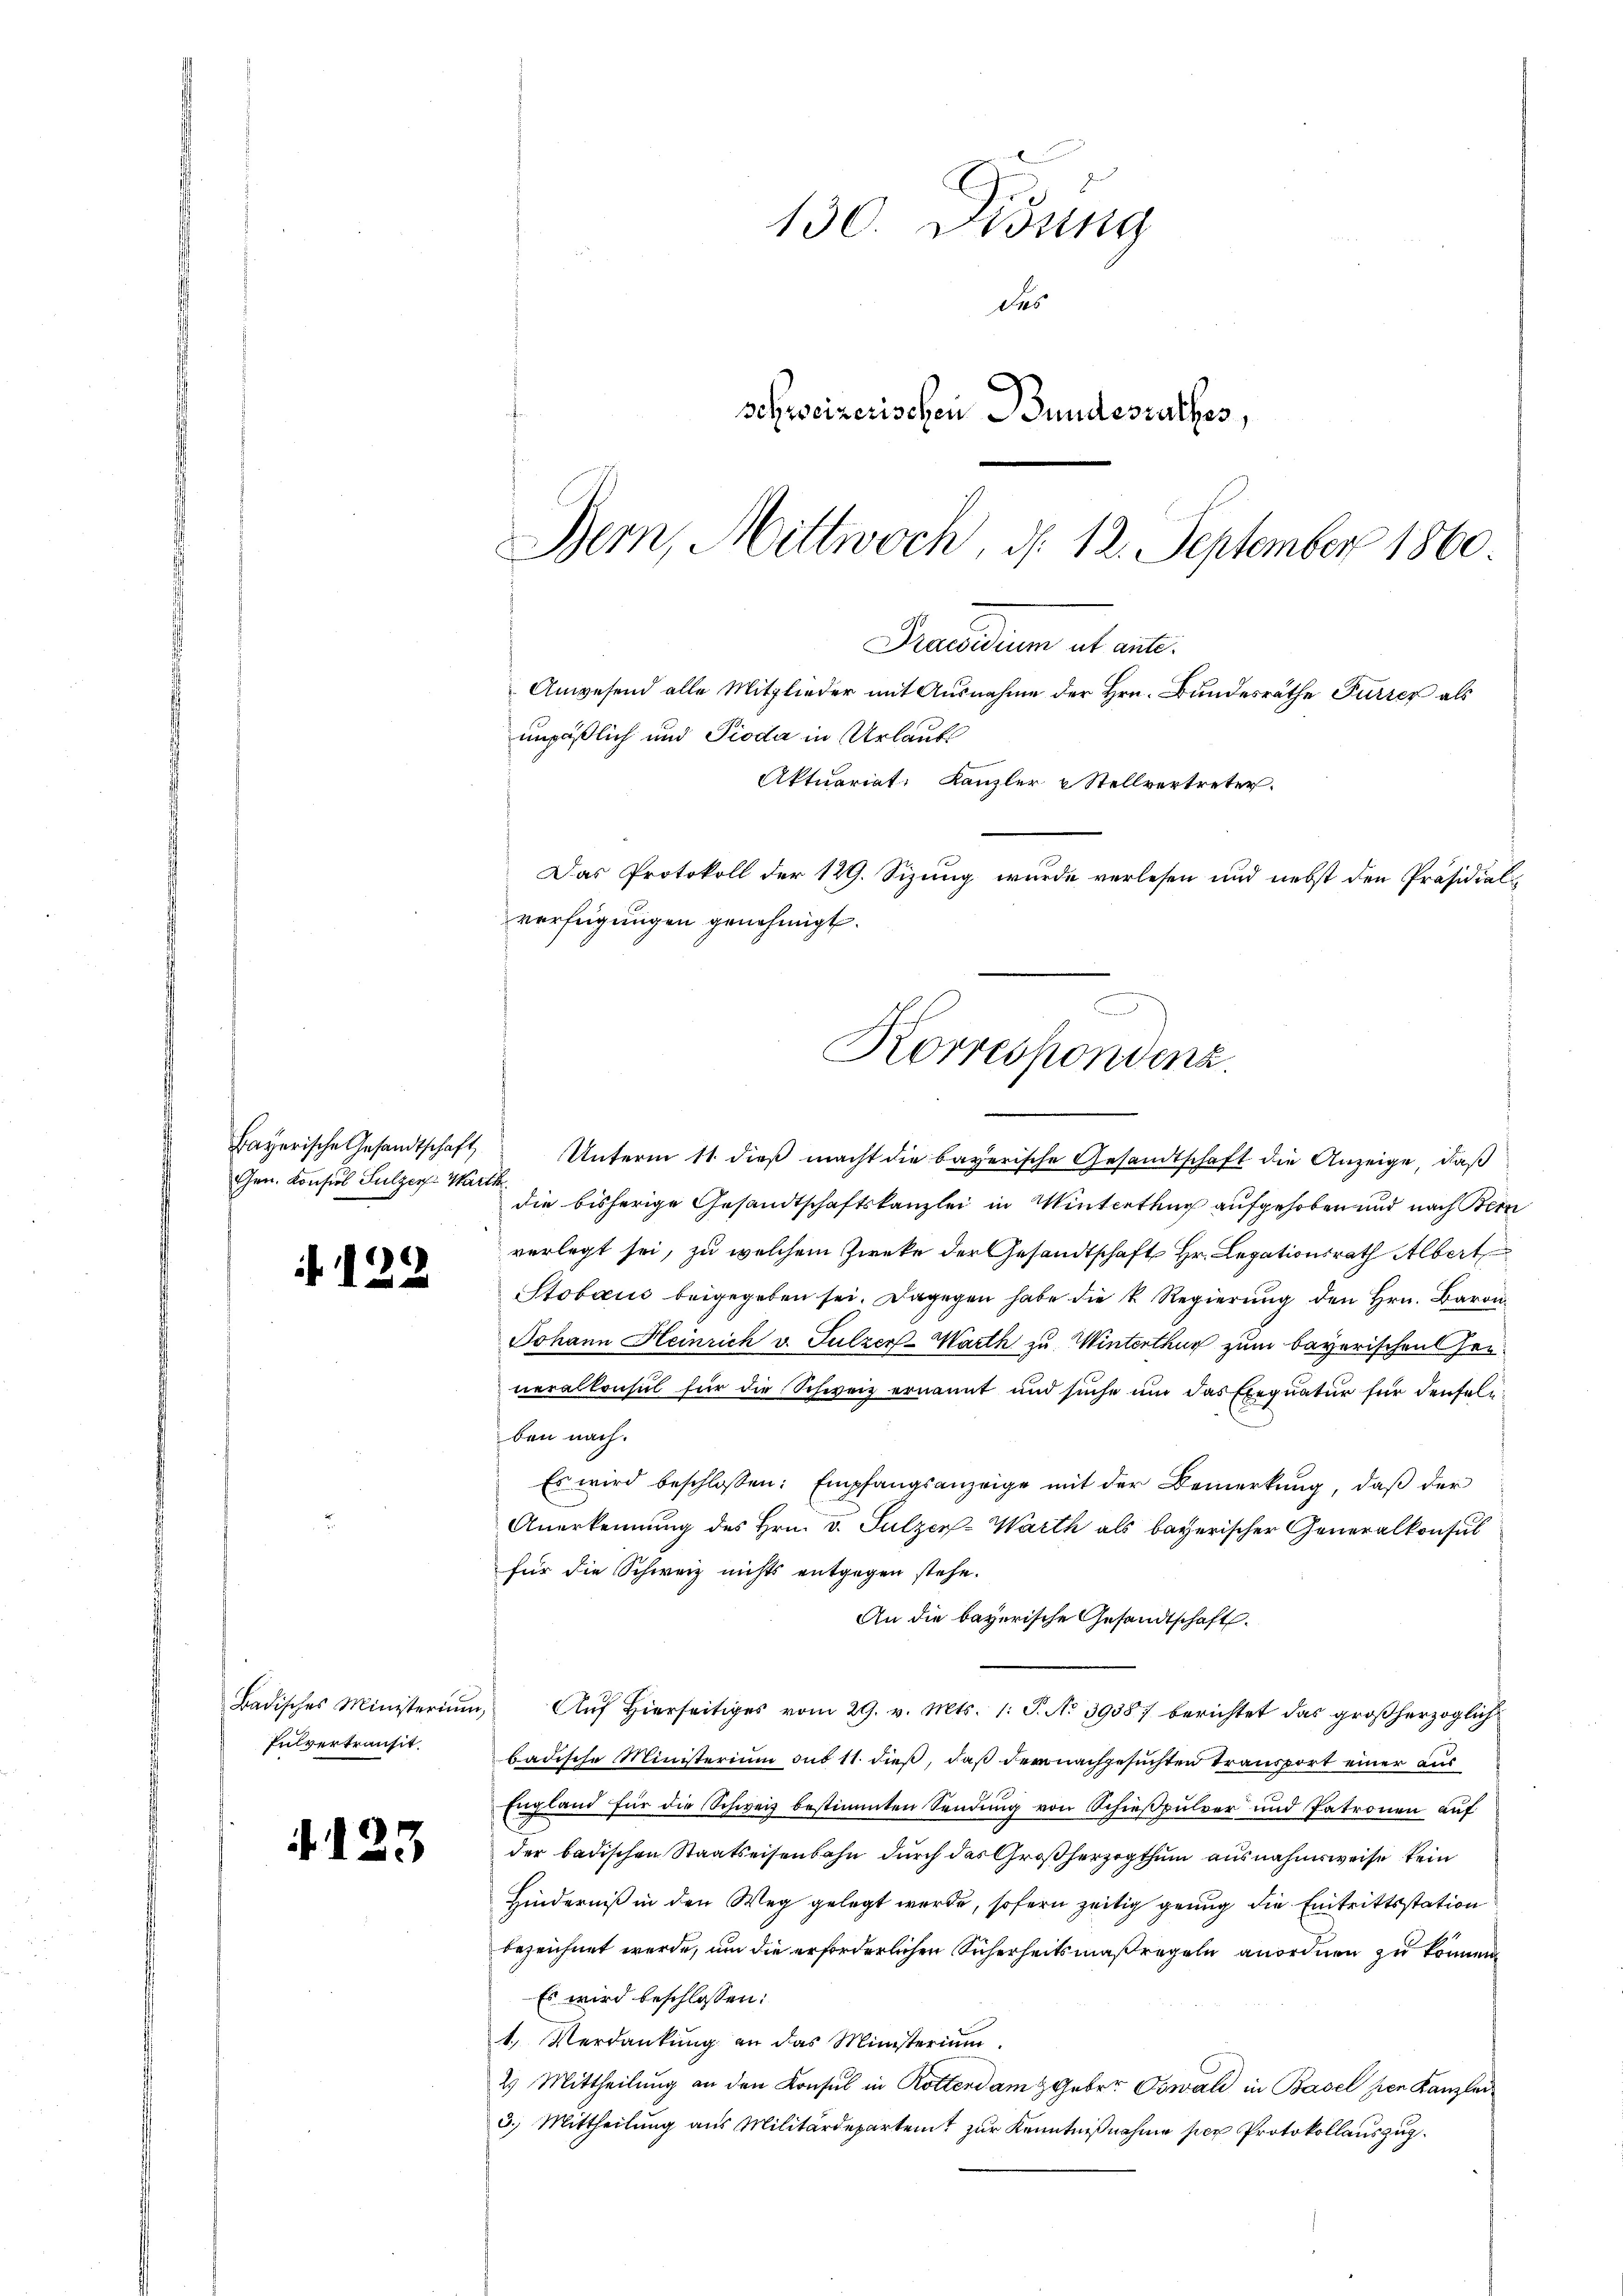
Bayerische Gesandtschaft
Gen. Konfiol Sulzer Wartk

Badisches Ministerium,
Pulvertransit.

3

130. Didung
des
schweizerischen Bundesrathes,
Bern, Mittwoch, d. 12. September 1860

Praesidium ut ante¬
Anwesend alle Mitglieder mit Ausnahme der Hrn. Bundesräthe Furrer als
unpäßlich und Pioda in Urlaubs
Aktuariat. Kanzler & Stellvertreter.
Das Protokoll der 129. Sizung wurde verlesen und nebst den Präsidial-
verfügungen genehmigt.
e
Korrespondenz.

Unterm 11. dieß macht die bayerische Gesandtschaft die Anzeige, daß
die bisherige Gesandtschaftskanzlei in Winterthur aufgehoben und nach Bern
verlegt sei, zu welchem Zwecke der Gesandtschaft Hr. Legationsrath Albert
Stobaus beigegeben sei. Dagegen habe die k. Regierung den Hrn. Baron
Johann Heinrich v. Sulzer-Warth zu Winterthur zum bayerischen Herneralkonsul für die Schweiz ernannt und suche ŭm das Exequatur für denselben nach.
Es wird beschlossen: Empfangsanzeige mit der Bemerkŭng, daβ der
Anerkennung des Hrn. v. Sulzer-Warth als bayerischer Generalkonsul
für die Schweiz nichts entgegen stehe.
An die bayerische Gesandtschaft.
Auf Hierseitiges vom 29. v. Mts. 1. P. No 39387 berichtet das großherzoglich
badische Ministerium sus 11. dieß, daß der nachgesuchten Transport einer aus
England für die Schweiz bestimmten Sendung von Schießpulver und Patronen auf
der badischen Staatseisenbahn durch das Großherzogthum ausnahmsweise kein
Hinderniß in den Weg gelegt werde, sofern zeitig genug die Eintrittsstation
bezeichnet werde, um die erforderlichen Sicherheitsmaßregeln anordnen zu können.
Es wird beschlossen:
1. Verdankung an das Ministerium
2) Mittheilung an den Konsul in Rotterdam z Geber Oswald in Basel per Kanzlei
3.) Mittheilung aus Militärdepartent zur Kenntnißnahme per Protokollauszug.